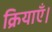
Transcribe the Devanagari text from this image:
क्रियाएँ।